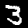
Digit: 3